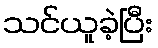
သင်ယူခဲ့ပြီး